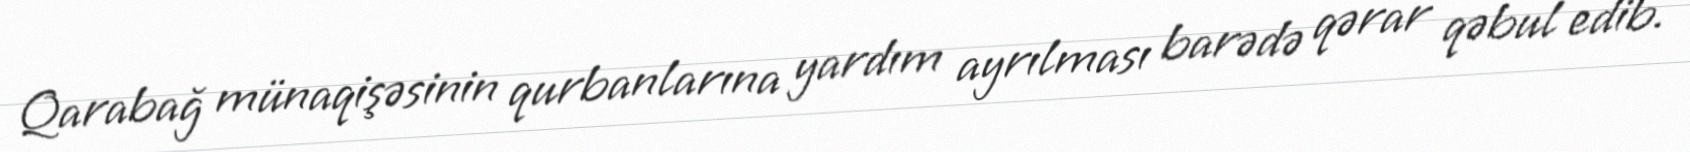
Qarabağ münaqişəsinin qurbanlarına yardım ayrılması barədə qərar qəbul edib.